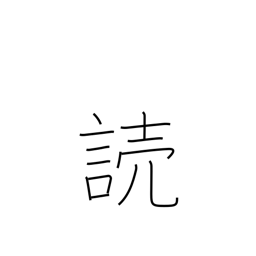
Meaning: read